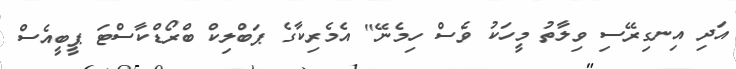
އަދި އިނގިރޭސި ވިލާތު މީހަކު ވެސް ހިމެނޭ" އެމެރިކާގެ ޕަބްލިކް ބްރޯޑްކާސްޓަ ޕީބީއެސް